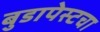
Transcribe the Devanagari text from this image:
बुडापेस्टचा